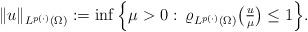
LaTeX: \begin{align*}\|u\|_{L^{p(\cdot)}(\Omega)}:= \inf\Big\{\mu > 0\,\colon\,\varrho_{L^{p(\cdot)}(\Omega)}\big(\tfrac{u}\mu\big)\leq 1\Big\}.\end{align*}